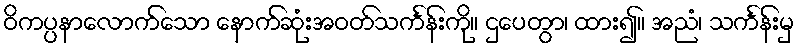
ဝိကပ္ပနာလောက်သော နောက်ဆုံးအဝတ်သင်္ကန်းကို။ ဌပေတွာ၊ ထား၍။ အညံ၊ သင်္ကန်းမှ